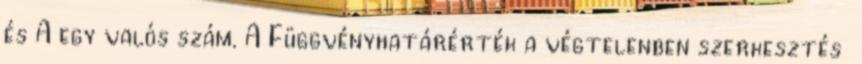
és A egy valós szám. A Függvényhatárérték a végtelenben szerkesztés